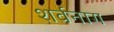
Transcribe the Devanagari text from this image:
शर्वनाग